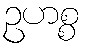
ဥဟစ္စ